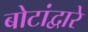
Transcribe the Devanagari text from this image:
बोटांद्वारे